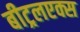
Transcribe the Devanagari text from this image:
बीट्रलएक्स